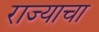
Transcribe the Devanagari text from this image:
राज्‍याचा